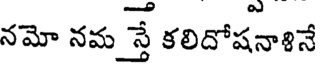
నమో నమ స్తే కలిదోషనాళినే